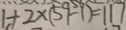
1 + 2 \times ( 5 9 - 1 ) = 1 1 7